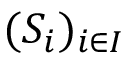
( S _ { i } ) _ { i \in I }